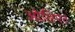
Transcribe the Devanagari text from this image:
ओलिएट